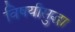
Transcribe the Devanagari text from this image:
विषयीसुद्धा